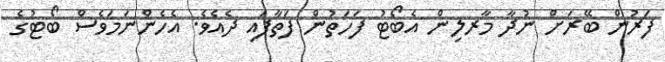
ފަރުން ބޭރަށް ނުދާ މާރލިން އެބޯޓު ފަހަތުން ފަތާފައި ދެއެވެ. އެހެންނަމަވެސް ބޯޓުގެ